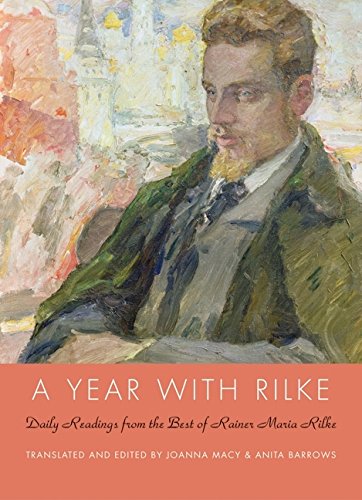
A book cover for A Year with Rilke: Daily Readings from the Best of Rainer Maria Rilke; Anita Barrows; Literature & Fiction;